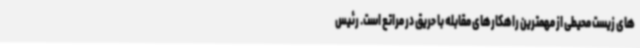
های زیست محیطی از مهمترین راهکارهای مقابله با حریق در مراتع است. رئیس